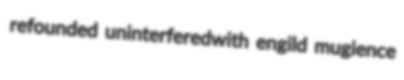
refounded uninterferedwith engild mugience